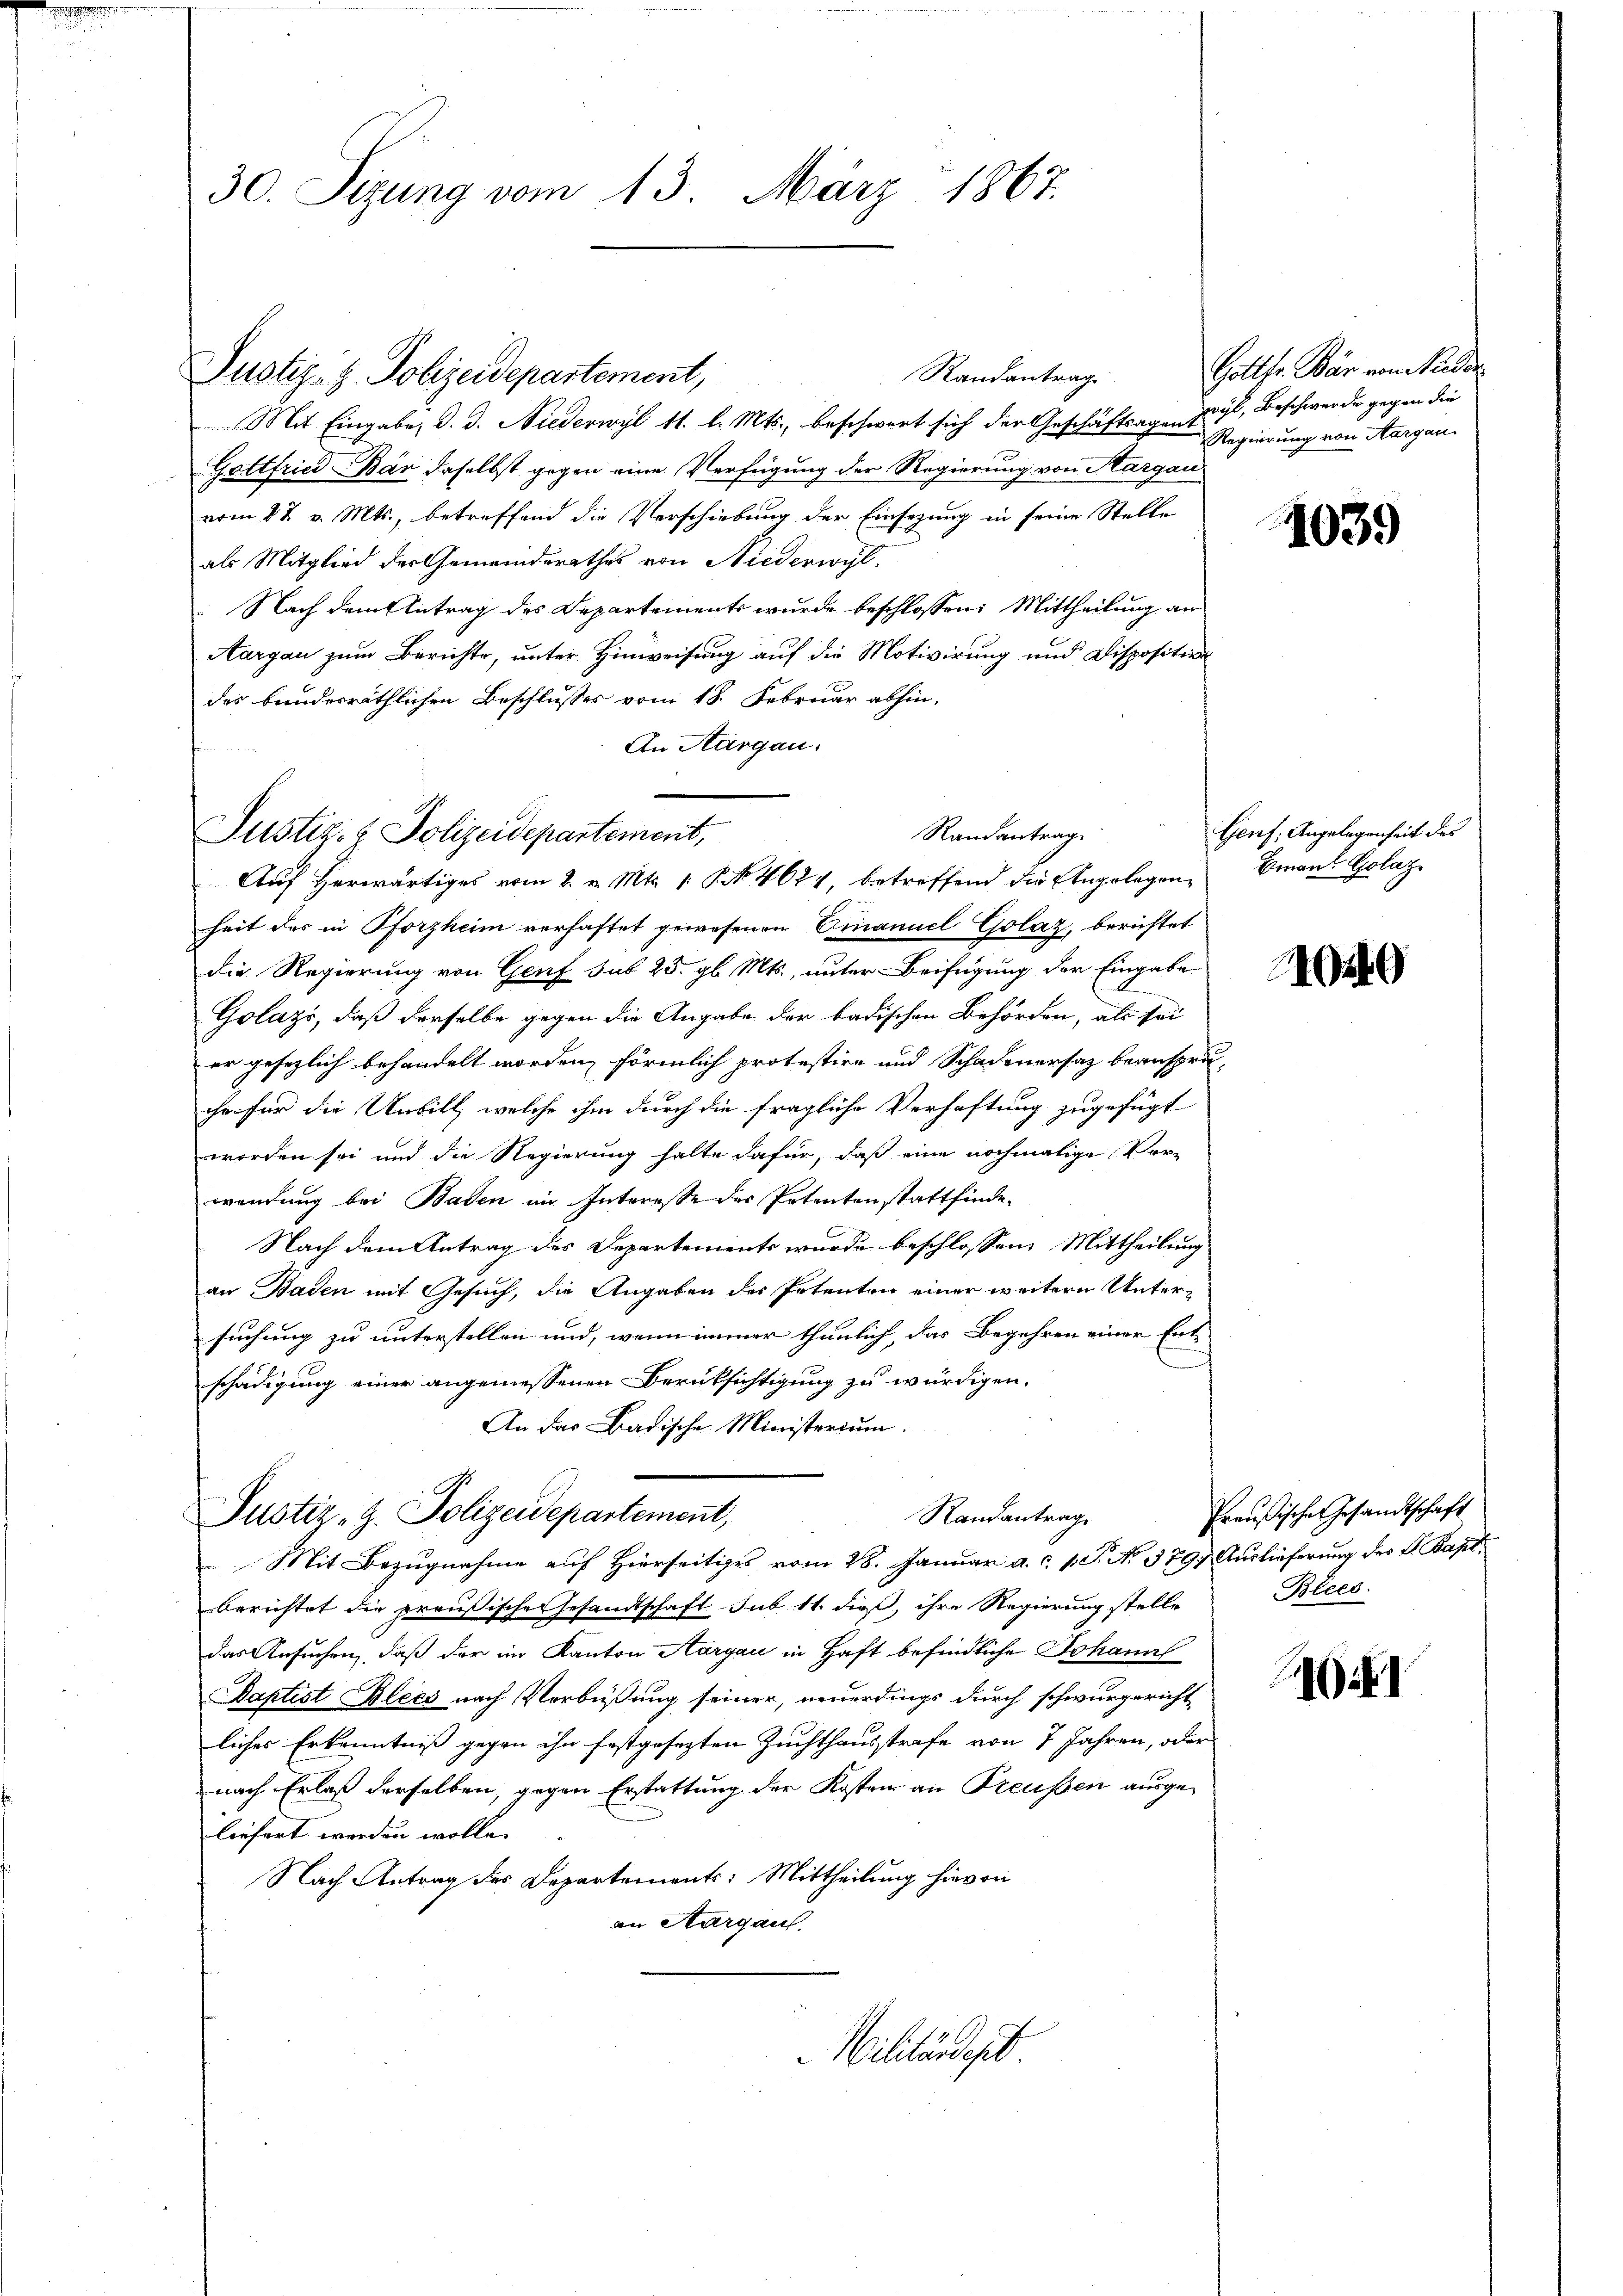
30. Sizung vom 13. März 1867.

Randantrag
Mit Eingabe, d. d. Niederwyl 11. l. Mts., beschwert sich der Geschäftsagen Zeit, Beschwerde gegen die
Gottfried Bär daselbst gegen eine Verfügung der Regierung von Kargau
vom 17. v. Mts., betreffend die Verschiebung der Einsezung in seine Stelle
als Mitglied der Gemeinderathes von Niederwyl.
Nach dem Antrag des Departements wurde beschlossen: Mittheilung an
Aargau zum Berichte, unter Hinweisung auf die Motivirung und Disposition
des bundesräthlichen Beschlusses vom 18. Februar abhin-
An Aargau.

Justiz- & Polizeidepartement,

Randantrag.
Justiz- & Polizeidepartement,
Auf Herwärtiges vom 2. v. Mts. 1 § 4624, betreffend die Angelegen¬

heit der in Pforzheim verhaftet gewesenen Einamuel Golaz, berichtet
die Regierung von Genf sub 25. gl. Mts., unter Beifügung der Eingabe
Golázs, daß derselbe gegen die Angabe der badischen Behörden, als sei
er gesezlich behandelt worden, förmlich protestire und Schadenersatz beanspruihr für die Unbill, welche ihm durch die fragliche Verhaftung zugefügt
worden sei und die Regierung halte dafür, daß eine nochmalige Ver-
wendung bei Baden an Interesse des Petenton stattfinde.
Nach dem Antrag des Departements wurde beschlossen Mittheilung
an Baden mit Gesuch, die Angaben des Petenten einer weitern Untersuchung zu unterstellen und, wenn immer thunlich, das Begehren einer Ent
schädigung einer angeniessenen Berüksichtigung zu würdigen.
An das Badische Ministerium.
Justiz-Z. Polizeidepartement,
Randantrag
Mit Bezugnahme auf Hierseitiges vom 28. Januar a. c. 1. No. 379. Auslieferung des St. Kapt
berichtet die preußische Gesandtschaft sub 11. dieß, ihre Regierung stelle
das Ansuchen, daß der im Kanton Aargau in Haft befindliche Johann
Daptist Blecs nach Verbüßung seiner, neuerdings durch schwurgericht
liches Erkenntniß gegen ihn festgesezten Zuchthausstrafe von 7 Jahren, oder
nach Erlaß derselben, gegen Erstattung der Kosten an Preussen ausgeliefert werden wolle.
Nach Antrag des Departements: Mittheilung hievon
an Aargaus,
Militärdept

Gottfr. Bär von Nieder
Regierung von Aargau.

1039

Genf; Angelegenheit des
Emana Golaz

10240

Preußische Gesandtschaft
Blees.

1